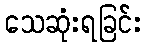
သေဆုံးရခြင်း